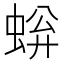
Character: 𫊿